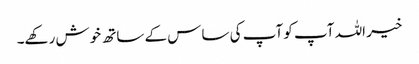
خیر اللہ آپ کو آپ کی ساس کے ساتھ خوش رکھے۔